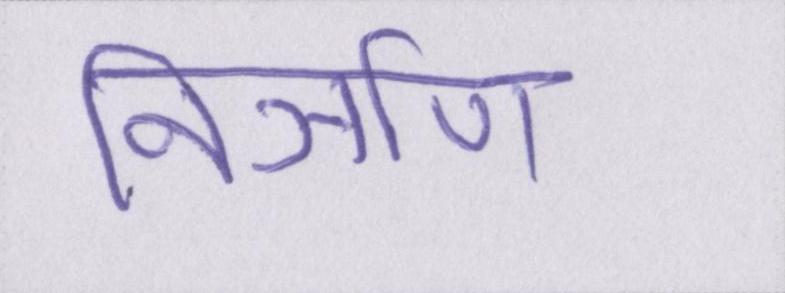
निर्ञाण